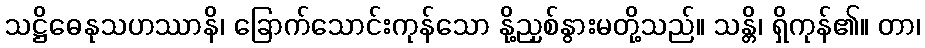
သဋ္ဌိဓေနုသဟဿာနိ၊ ခြောက်သောင်းကုန်သော နို့ညှစ်နွားမတို့သည်။ သန္တိ၊ ရှိကုန်၏။ တာ၊